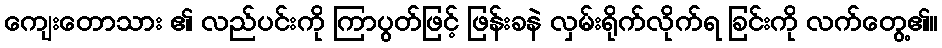
ကျေးတောသား ၏ လည်ပင်းကို ကြာပွတ်ဖြင့် ဖြန်းခနဲ လှမ်းရိုက်လိုက်ရ ခြင်းကို လက်တွေ့၏။